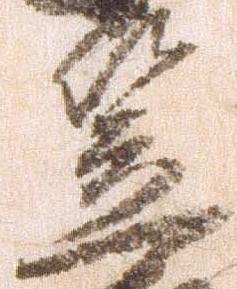
笠